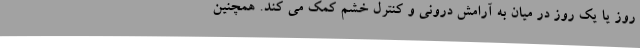
روز یا یک روز در میان به آرامش درونی و کنترل خشم کمک می کند. همچنین